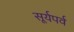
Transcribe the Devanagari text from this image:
सूर्यपर्व